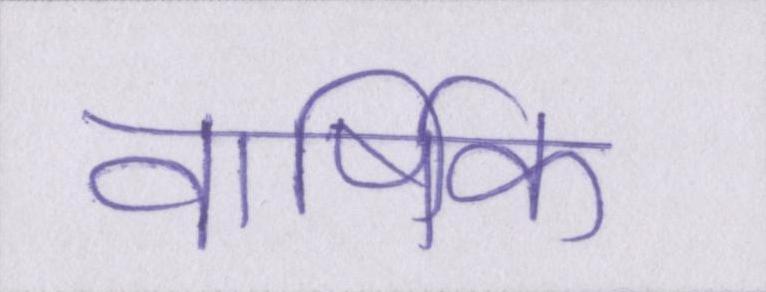
वार्षिक